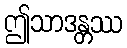
ဤသာဒန္တဿ